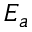
E _ { a }